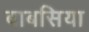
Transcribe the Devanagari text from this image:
बाबसिया